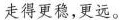
走得更稳，更远。